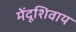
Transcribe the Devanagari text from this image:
मेंदूशिवाय